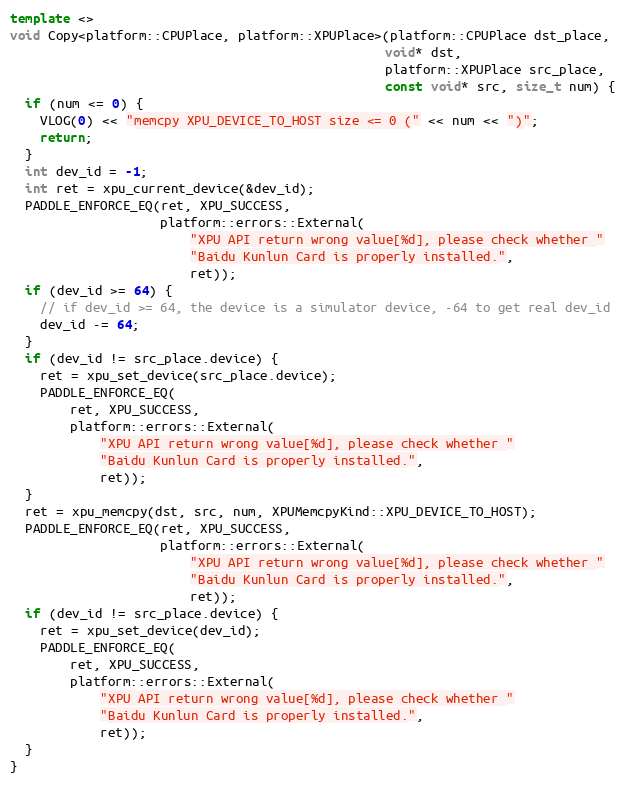
Language: C++
template <>
void Copy<platform::CPUPlace, platform::XPUPlace>(platform::CPUPlace dst_place,
                                                  void* dst,
                                                  platform::XPUPlace src_place,
                                                  const void* src, size_t num) {
  if (num <= 0) {
    VLOG(0) << "memcpy XPU_DEVICE_TO_HOST size <= 0 (" << num << ")";
    return;
  }
  int dev_id = -1;
  int ret = xpu_current_device(&dev_id);
  PADDLE_ENFORCE_EQ(ret, XPU_SUCCESS,
                    platform::errors::External(
                        "XPU API return wrong value[%d], please check whether "
                        "Baidu Kunlun Card is properly installed.",
                        ret));
  if (dev_id >= 64) {
    // if dev_id >= 64, the device is a simulator device, -64 to get real dev_id
    dev_id -= 64;
  }
  if (dev_id != src_place.device) {
    ret = xpu_set_device(src_place.device);
    PADDLE_ENFORCE_EQ(
        ret, XPU_SUCCESS,
        platform::errors::External(
            "XPU API return wrong value[%d], please check whether "
            "Baidu Kunlun Card is properly installed.",
            ret));
  }
  ret = xpu_memcpy(dst, src, num, XPUMemcpyKind::XPU_DEVICE_TO_HOST);
  PADDLE_ENFORCE_EQ(ret, XPU_SUCCESS,
                    platform::errors::External(
                        "XPU API return wrong value[%d], please check whether "
                        "Baidu Kunlun Card is properly installed.",
                        ret));
  if (dev_id != src_place.device) {
    ret = xpu_set_device(dev_id);
    PADDLE_ENFORCE_EQ(
        ret, XPU_SUCCESS,
        platform::errors::External(
            "XPU API return wrong value[%d], please check whether "
            "Baidu Kunlun Card is properly installed.",
            ret));
  }
}